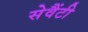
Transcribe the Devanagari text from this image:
सेवैंटी